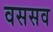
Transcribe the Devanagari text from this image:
वससव